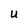
Character: U